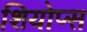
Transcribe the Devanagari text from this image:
शियोप्‍स